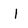
Character: I